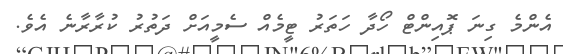
އެންމެ ގިނަ ޕޮއިންޓް ހޯދާ ހަތަރު ޓީމެއް ސެމީއަށް ދަތުރު ކުރާރާނެ އެވެ.